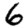
Digit: 6